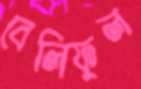
বেলিফুল